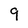
Character: 9